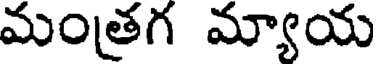
మంత్రగ మ్యాయ